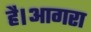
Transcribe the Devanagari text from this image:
है।आगरा